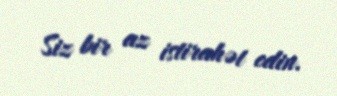
Siz bir az istirahət edin.